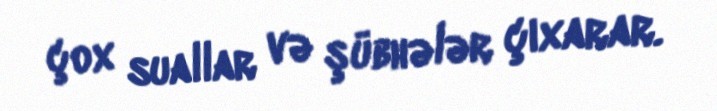
çox suallar və şübhələr çıxarar.